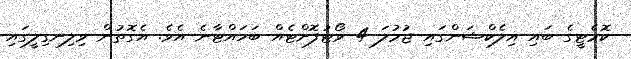
ކޮމެޓީގެ ބައި އިލެކްޝަންގައި ޖުމުލަ 4 ވޯޓުފޮށްޓެއް ބަހައްޓާނެ އެވެ. އެގޮތުން ވިލިނގިލީގައި